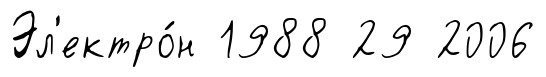
Эл'ектро́н 1988 29 2006